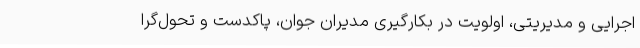
اجرایی و مدیریتی، اولویت در بکارگیری مدیران جوان، پاکدست و تحول‌گرا